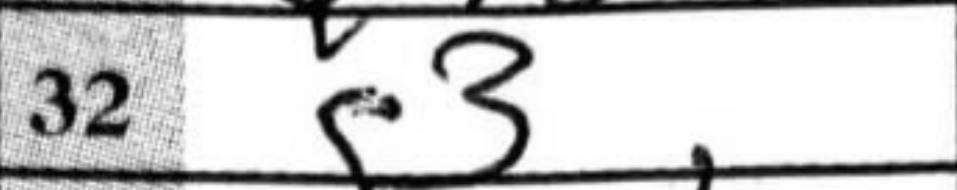
Transcription: g3